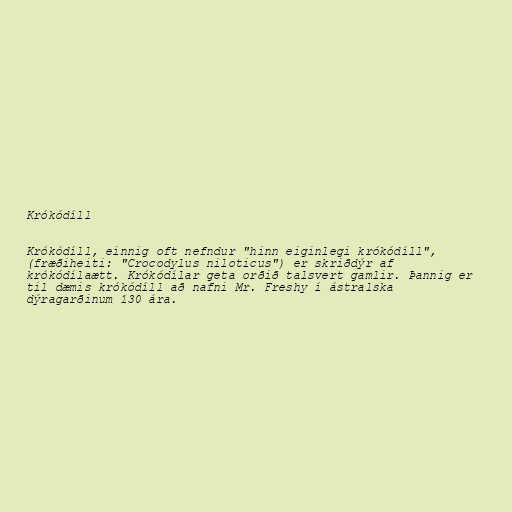
Krókódíll

Krókódíll, einnig oft nefndur "hinn eiginlegi krókódíll",
(fræðiheiti: "Crocodylus niloticus") er skriðdýr af
krókódílaætt. Krókódílar geta orðið talsvert gamlir. Þannig er
til dæmis krókódíll að nafni Mr. Freshy í ástralska
dýragarðinum 130 ára.